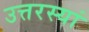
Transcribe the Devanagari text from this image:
उत्तरस्यां